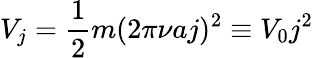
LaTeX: V_{j}=\frac{1}{2}m(2\pi\nu aj)^{2}\equiv V_{0}j^{2}